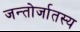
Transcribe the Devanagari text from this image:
जन्तोर्जातस्य